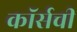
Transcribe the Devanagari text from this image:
कॉर्सची